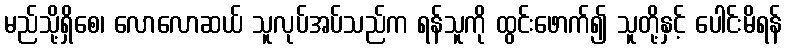
မည်သို့ရှိစေ၊ လောလောဆယ် သူလုပ်အပ်သည်က ရန်သူကို ထွင်းဖောက်၍ သူတို့နှင့် ပေါင်းမိရန်